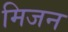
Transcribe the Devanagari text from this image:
मिजन